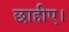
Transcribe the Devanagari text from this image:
छाहीए।